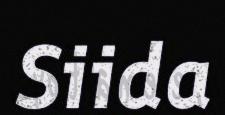
Siida